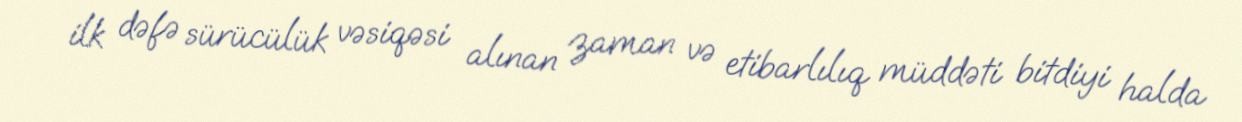
ilk dəfə sürücülük vəsiqəsi alınan zaman və etibarlılıq müddəti bitdiyi halda